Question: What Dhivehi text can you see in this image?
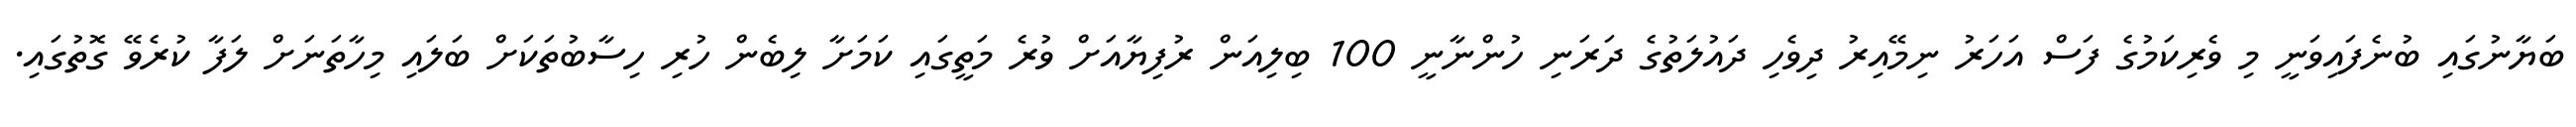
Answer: ބަޔާނުގައި ބުނެފައިވަނީ މި ވެރިކަމުގެ ފަސް އަހަރު ނިމޭއިރު ދިވެހި ދައުލަތުގެ ދަރަނި ހުންނާނީ 100 ބިލިއަން ރުފިޔާއަށް ވުރެ މަތީގައި ކަމަށާ ލިބެން ހުރި ހިސާބުތަކަށް ބަލައި މިހާތަނަށް ލަފާ ކުރެވޭ ގޮތުގައި.